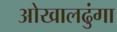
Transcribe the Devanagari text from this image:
ओखालढुंगा